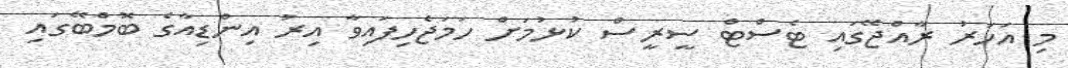
މި އަހަރު ރާއްޖޭގައި ޓެސްޓް ސީރީސް ކުޅުމަށް ހަމަޖެހިފައިވާ އިރު އިންޑިއާގެ ބޮމްބޭގައި